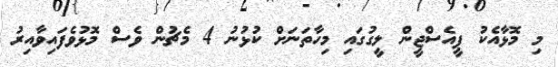
މި މޮޅާއެކު ޕީއެސްޖީން ލީގުގައި މިހާތަނަށް ކުޅުނު 4 މެޗުން ވެސް މޮޅުވެފައިވާއިރު